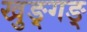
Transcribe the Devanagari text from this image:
खुङ्गङ्